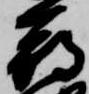
命